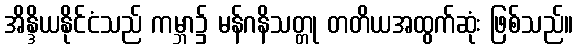
အိန္ဒိယနိုင်ငံသည် ကမ္ဘာ၌ မန်ဂနိသတ္တု တတိယအထွက်ဆုံး ဖြစ်သည်။